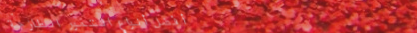
أفضل أنواع التمور الطازجة